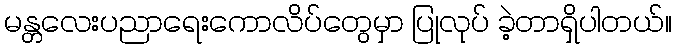
မန္တလေးပညာရေးကောလိပ်တွေမှာ ပြုလုပ် ခဲ့တာရှိပါတယ်။